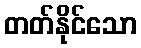
တတ်နိုင်သော